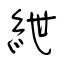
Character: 紲